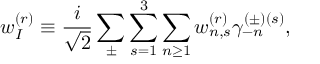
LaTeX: w _ { I } ^ { ( r ) } \equiv \frac { i } { \sqrt { 2 } } \sum _ { \pm } \sum _ { s = 1 } ^ { 3 } \sum _ { n \ge 1 } w _ { n , s } ^ { ( r ) } \gamma _ { - n } ^ { ( \pm ) ( s ) } ,